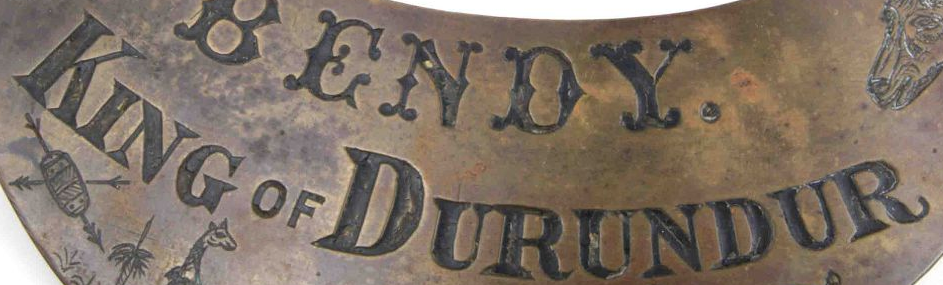
KING OF DURUNDUR